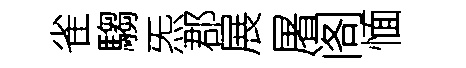
雀騶炁郡展屠阁愐